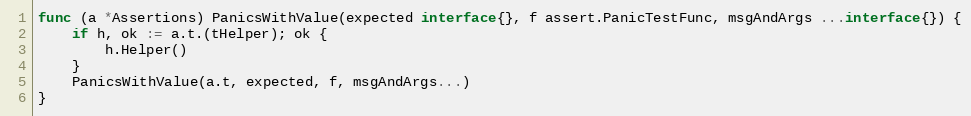
Language: Go
func (a *Assertions) PanicsWithValue(expected interface{}, f assert.PanicTestFunc, msgAndArgs ...interface{}) {
	if h, ok := a.t.(tHelper); ok {
		h.Helper()
	}
	PanicsWithValue(a.t, expected, f, msgAndArgs...)
}